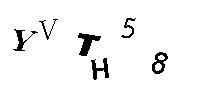
YVTH58